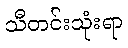
သီတင်းသုံးရာ